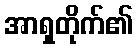
အာရှတိုက်၏